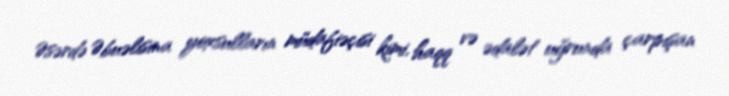
Əsərdə Əbuəlisina yoxsulların müdafiəçisi kimi, haqq və ədalət uğrunda çarpışan